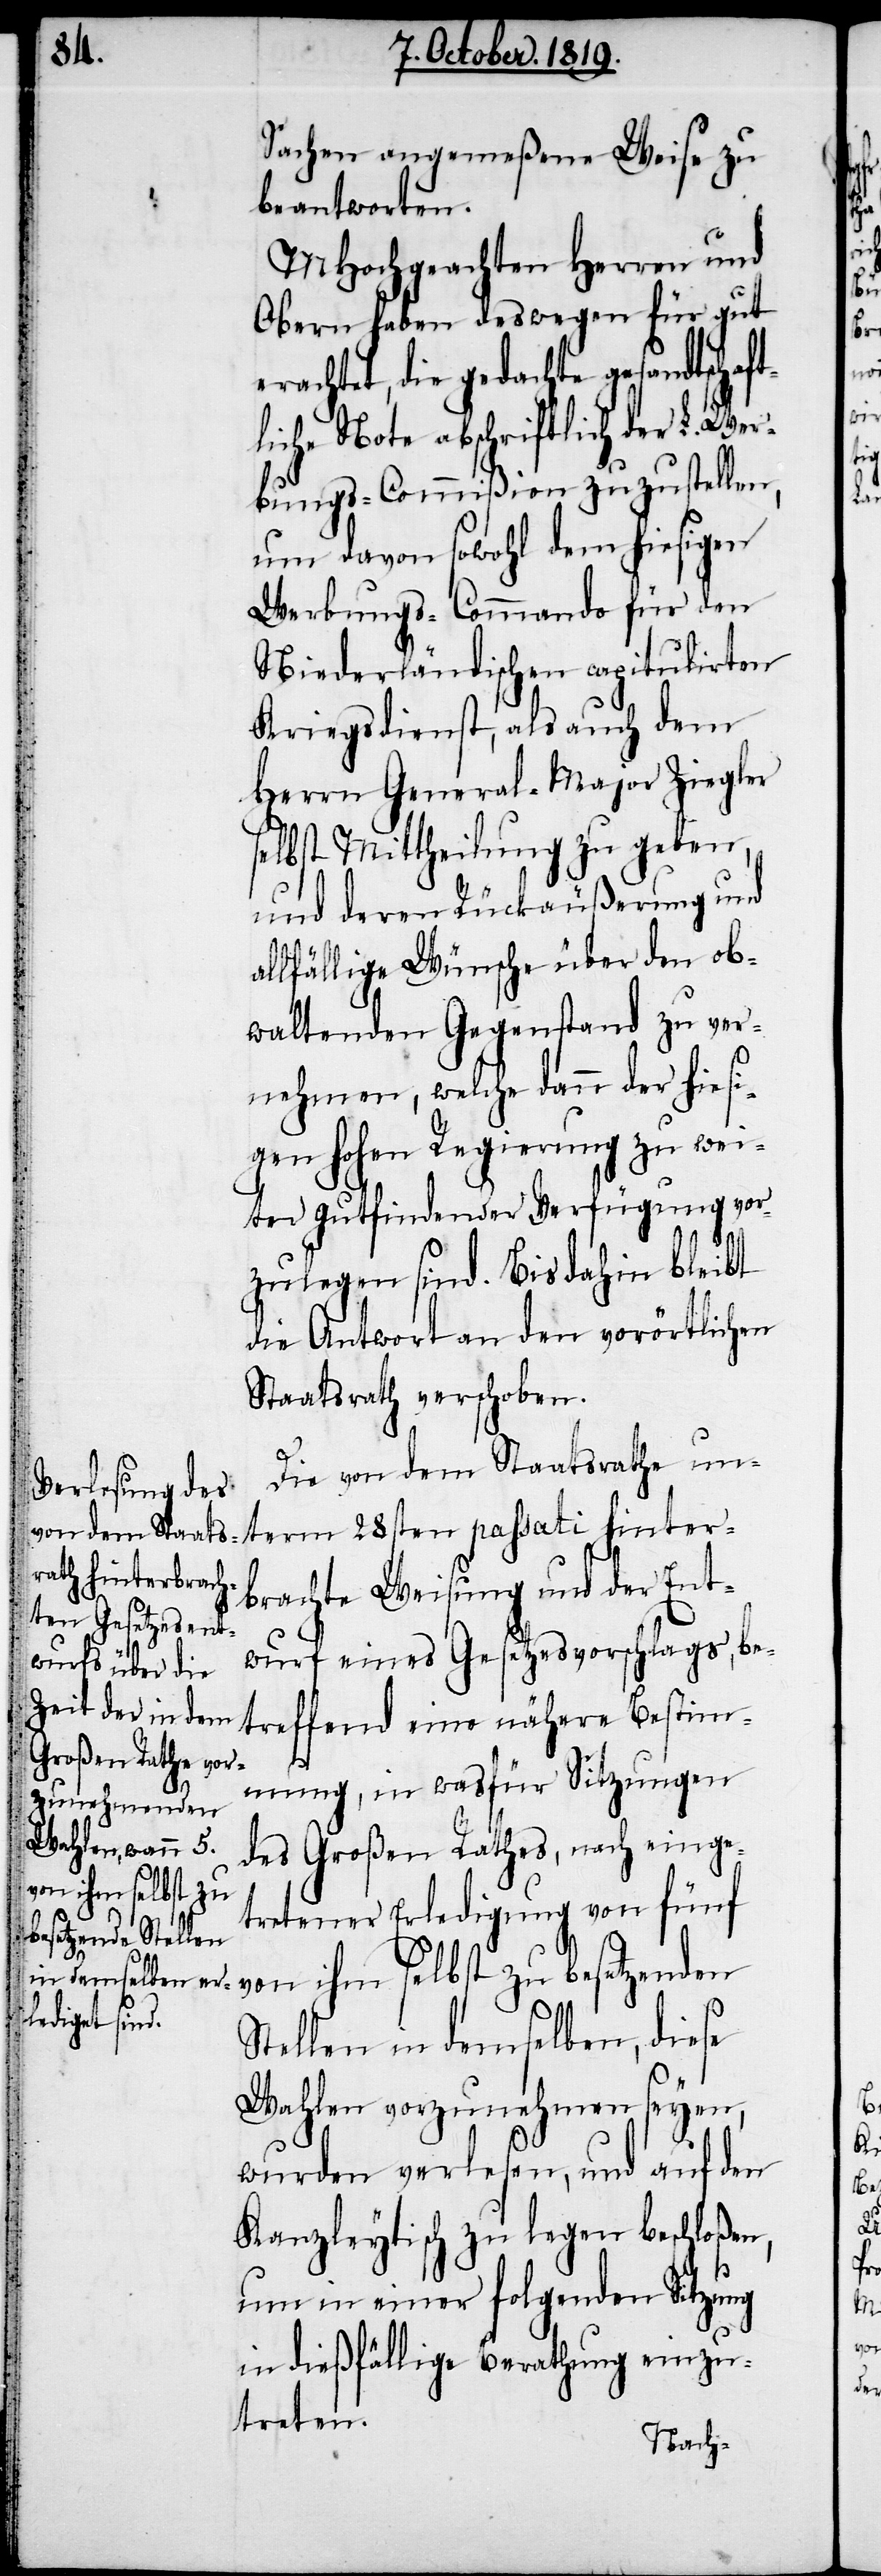
Sachen angemeßene Weise zu
beantworten.
MHochgeachten Herren und
Obern haben deswegen für gut
erachtet, die gedachte gesandtschaf¬
liche Note abschriftlich der L. Wer¬
bungs-Commißion zuzustellen,
um davon sowohl dem hiesigen
Werbungs-Commando für den
Niederländischen capitulirten
Kriegsdienst, als auch dem
Herrn General-Major Ziegler
selbst Mittheilung zu geben,
und den Rückäußerung und
allfällige Wünsche über den ob¬
waltenden Gegenstand zu ver¬
nehmen, welche dann der hiesi¬
gen hohen Regierung zu wei¬
ter gutfindender Verfügung vor¬
zulegen sind. Bis dahin bleibt
die Antwort an den vorörtlichen
Staatsrath verschoben.
term
Die von dem Staatsrathe un¬
brachte Weisung und der Ent¬
wurf eines Gesetzesvorschlags, be¬
treffend eine nähere Bestim¬
mung, in wasfür Sitzungen
des Großen Rathes, nach einge¬
tretener Erledigung von fünf
von ihm selbst zu besetzenden
hinter¬
Stellen in demselben, diese
Wahlen vozunehmen seyen,
wurden verlesen, und auf den
Kanzleytisch zu legen beschloßen,
um in einer folgenden Sitzung
in dießfällige Berathung einzu¬
treten.